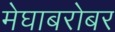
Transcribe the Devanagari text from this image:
मेघाबरोबर